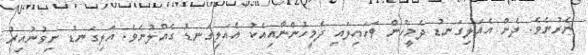
ނެރުނެވެ. ދެން އެއަލިގަނޑު ދެމީހުން ވަށައިލައި ދެމީހުންނާއިއެކު އެއަލިގަނޑު ގެއްލުނެވެ. އަލިގަނޑު ނިވުނުއިރު